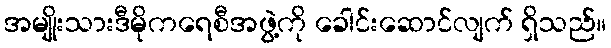
အမျိုးသားဒီမိုကရေစီအဖွဲ့ကို ခေါင်းဆောင်လျက် ရှိသည်။